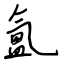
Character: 氳